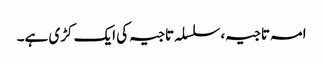
امہ تاجیہ،سلسلہ تاجیہ کی ایک کڑی ہے۔